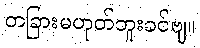
တခြားမဟုတ်ဘူးခင်ဗျ။